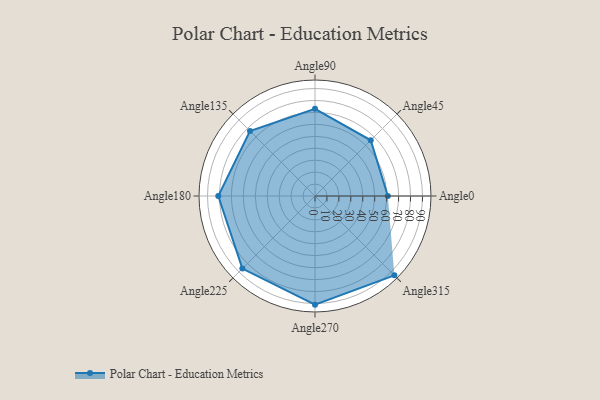
{"axis": {"x": "Angle", "y": "Radius"}, "legend": [""], "data": [{"x": "Angle0", "y": 61.0, "type": ""}, {"x": "Angle45", "y": 66.0, "type": ""}, {"x": "Angle90", "y": 73.0, "type": ""}, {"x": "Angle135", "y": 77.0, "type": ""}, {"x": "Angle180", "y": 81.0, "type": ""}, {"x": "Angle225", "y": 86.0, "type": ""}, {"x": "Angle270", "y": 91.0, "type": ""}, {"x": "Angle315", "y": 94.0, "type": ""}]}